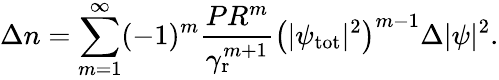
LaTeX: \Delta n=\sum_{m=1}^{\infty}(-1)^{m}\frac{PR^{m}}{\gamma_{\mathrm{r}}^{m+1}}\left(|\psi_{\mathrm{tot}}|^{2}\right)^{m-1}\Delta|\psi|^{2}.